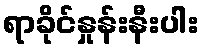
ရာခိုင်နှုန်းနီးပါး